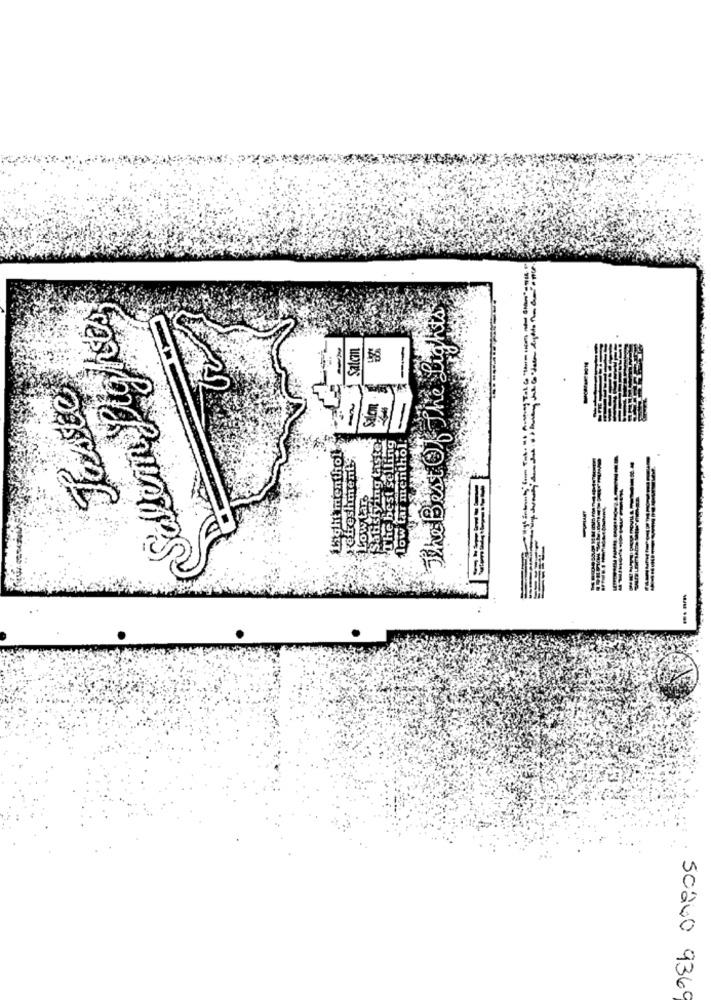
Selem Lights
The Best Of The Lights
Salcon
58
Foxste
Light menthols
ing taste.
The best selling
low tar menthol.
efreshment",
Low Lar
Satist
50240 9369